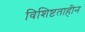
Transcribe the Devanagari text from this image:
विशिष्टताहीन